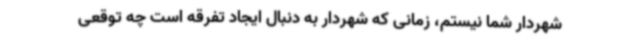
شهردار شما نیستم، زمانی که شهردار به دنبال ایجاد تفرقه است چه توقعی